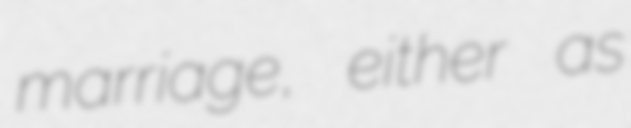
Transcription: marriage, either as